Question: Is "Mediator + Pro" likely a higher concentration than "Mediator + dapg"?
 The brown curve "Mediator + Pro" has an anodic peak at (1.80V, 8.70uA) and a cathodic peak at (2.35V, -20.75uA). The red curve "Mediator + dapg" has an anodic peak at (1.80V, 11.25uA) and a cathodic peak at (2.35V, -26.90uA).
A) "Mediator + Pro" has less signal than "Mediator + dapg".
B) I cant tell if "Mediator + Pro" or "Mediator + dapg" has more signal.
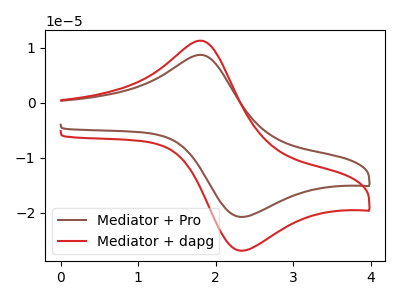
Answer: <think>All the peaks in "Mediator + Pro" have a peak in "Mediator + dapg" at the same potential. Every peak in "Mediator + Pro" is lower than every peak in "Mediator + dapg".
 </think>
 <answer>A) "Mediator + Pro" has less signal than "Mediator + dapg".</answer>
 <eval>A</eval>